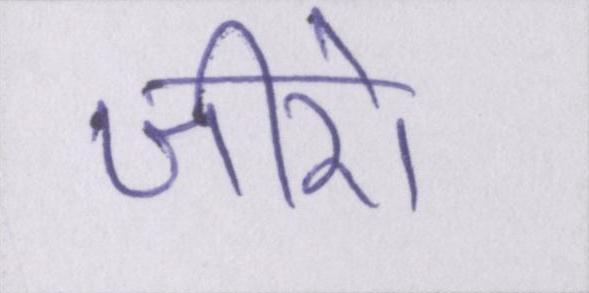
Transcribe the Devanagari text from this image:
जीरो